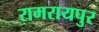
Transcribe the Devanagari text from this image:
रामरायपुर